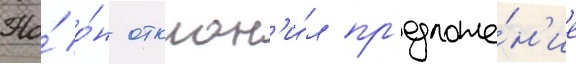
Но́ о́н отклон'и́л пр'едложе́н'ие